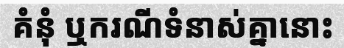
គំនុំ ឬករណីទំនាស់គ្នានោះ